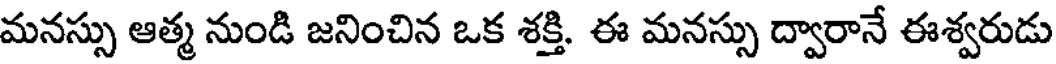
మనస్సు ఆత్మ నుండి జనించిన ఒక శక్తి. ఈ మనస్సు ద్వారానే ఈశ్వరుడు